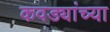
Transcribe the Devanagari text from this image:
कवड्यांच्‍या